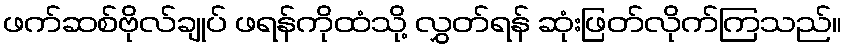
ဖက်ဆစ်ဗိုလ်ချုပ် ဖရန်ကိုထံသို့ လွှတ်ရန် ဆုံးဖြတ်လိုက်ကြသည်။